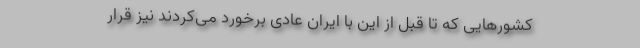
کشور‌هایی که تا قبل از این با ایران عادی برخورد می‌کردند نیز قرار